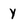
Character: y